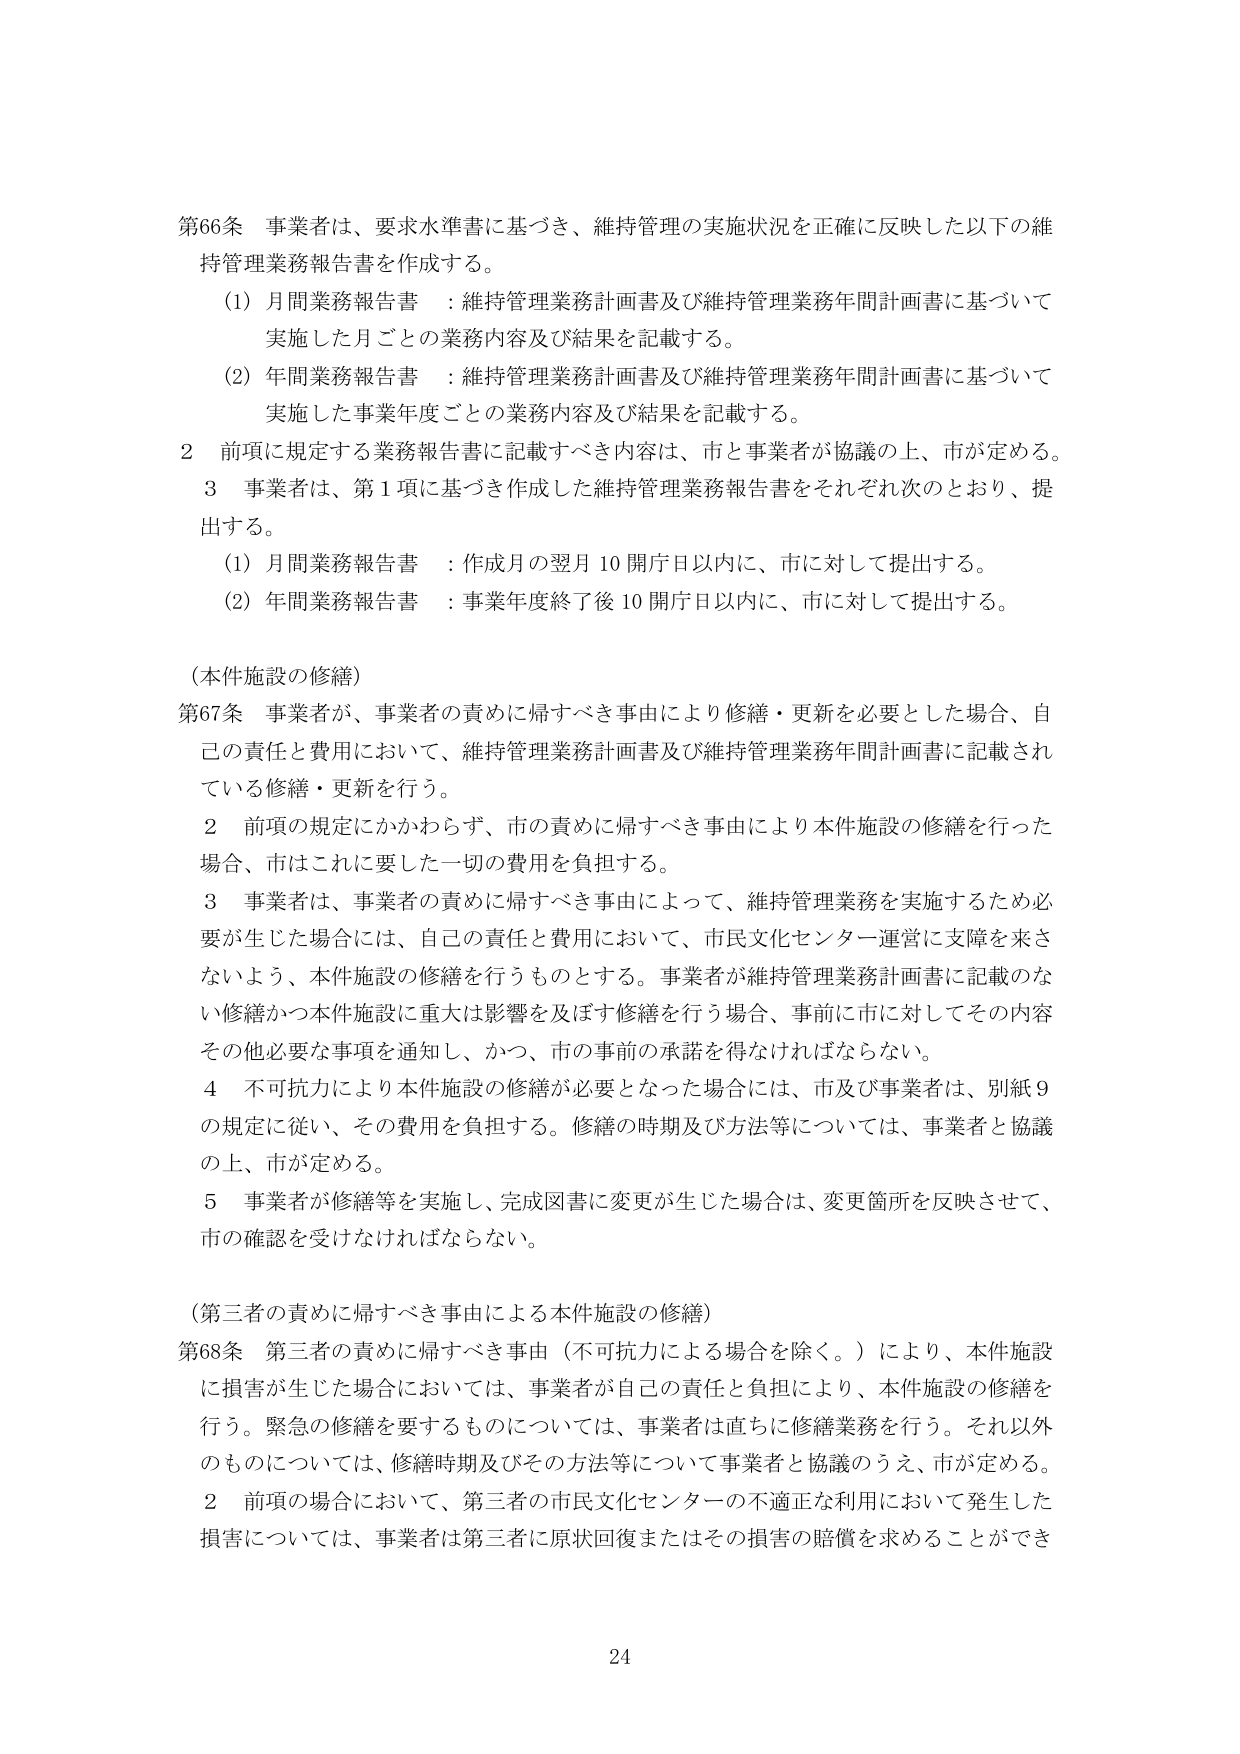
第66条 事業者は、要求水準書に基づき、維持管理の実施状況を正確に反映した以下の維持管理業務報告書を作成する。

(1) 月間業務報告書 ：維持管理業務計画書及び維持管理業務年間計画書に基づいて実施した月ごとの業務内容及び結果を記載する。

(2) 年間業務報告書 ：維持管理業務計画書及び維持管理業務年間計画書に基づいて実施した事業年度ごとの業務内容及び結果を記載する。

2 前項に規定する業務報告書に記載すべき内容は、市と事業者が協議の上、市が定める。

3 事業者は、第1項に基づき作成した維持管理業務報告書をそれぞれ次のとおり、提出する。

(1) 月間業務報告書 ：作成月の翌月10開庁日以内に、市に対して提出する。

(2) 年間業務報告書 ：事業年度終了後10開庁日以内に、市に対して提出する。

（本件施設の修繕）

第67条 事業者が、事業者の責めに帰すべき事由により修繕・更新を必要とした場合、自己の責任と費用において、維持管理業務計画書及び維持管理業務年間計画書に記載されている修繕・更新を行う。

2 前項の規定にかかわらず、市の責めに帰すべき事由により本件施設の修繕を行った場合、市はこれに要した一切の費用を負担する。

3 事業者は、事業者の責めに帰すべき事由によって、維持管理業務を実施するため必要が生じた場合には、自己の責任と費用において、市民文化センター運営に支障を来さないよう、本件施設の修繕を行うものとする。事業者が維持管理業務計画書に記載のない修繕かつ本件施設に重大な影響を及ぼす修繕を行う場合、事前に市に対してその内容その他必要な事項を通知し、かつ、市の事前の承諾を得なければならない。

4 不可抗力により本件施設の修繕が必要となった場合には、市及び事業者は、別紙9の規定に従い、その費用を負担する。修繕の時期及び方法等については、事業者と協議の上、市が定める。

5 事業者が修繕等を実施し、完成図書に変更が生じた場合は、変更箇所を反映させて、市の確認を受けなければならない。

（第三者の責めに帰すべき事由による本件施設の修繕）

第68条 第三者の責めに帰すべき事由（不可抗力による場合を除く。）により、本件施設に損害が生じた場合においては、事業者が自己の責任と負担により、本件施設の修繕を行う。緊急の修繕を要するものについては、事業者は直ちに修繕業務を行う。それ以外のものについては、修繕時期及びその方法等について事業者と協議のうえ、市が定める。

2 前項の場合において、第三者の市民文化センターの不適正な利用において発生した損害については、事業者は第三者に原状回復またはその損害の賠償を求めることができる

24